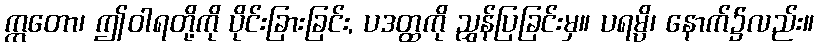
ဣတော၊ ဤဝါရတို့ကို ပိုင်းခြားခြင်း, ပဒတ္ထကို ညွှန်ပြခြင်းမှ။ ပရမ္ပိ၊ နောက်၌လည်း။